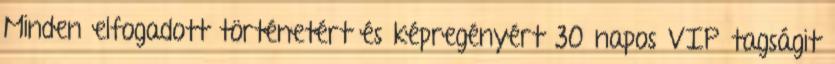
Minden elfogadott történetért és képregényért 30 napos VIP tagságit